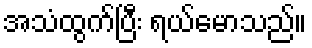
အသံထွက်ပြီး ရယ်မောသည်။